Indian journal of veterinary science and animal husbandry - Volume 10,
Year: 1940
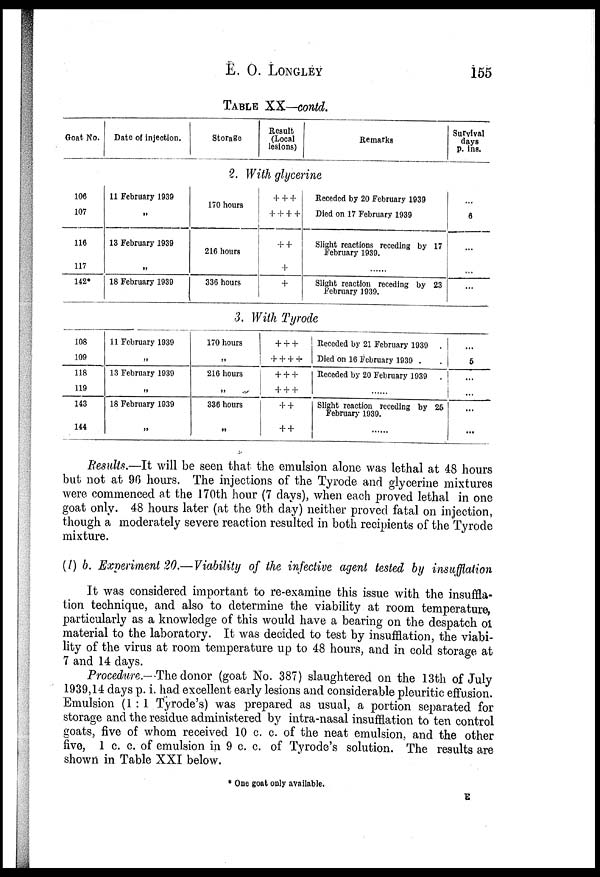
E. O. LONGLEY 155
TABLE XX—contd.
Goat No. Date of injection.
Storage
Result
(Local
lesions)
Remarks
Survival
days
p. ins.
2. With glycerine
106
107
116
117
142*
11 February 1939
„
13 February 1939
„
18 February 1939
170 hours
216 hours
336 hours
+ + +
+ + + +
+ +
+
+
Receded by 20 February 1939
Died on 17 February 1939
Slight reactions receding by 17
February 1939.
......
Slight reaction receding by 23
February 1939.
...
6
...
...
...
3. With Tyrode
108
109
118
119
143
144
11 February 1939
„
13 February 1939
„
18 February 1939
„
170 hours
„
216 hours
„
336 hours
„
+ + +
+ + + +
+ + +
+ + +
+ +
+ +
Receded by 21 February 1939 .
Died on 16 February 1939 . .
Receded by 20 February 1939 .
......
Slight reaction receding by 25
February 1939.
......
...
5
...
...
...
...
Results.—It will be seen that the emulsion alone was lethal at 48 hours
but not at 96 hours. The injections of the Tyrode and glycerine mixtures
were commenced at the 170th hour (7 days), when each proved lethal in one
goat only. 48 hours later (at the 9th day) neither proved fatal on injection,
though a moderately severe reaction resulted in both recipients of the Tyrode
mixture.
(1) b. Experiment 20.—Viability of the infective agent tested by insufflation
It was considered important to re-examine this issue with the insuffla-
tion technique, and also to determine the viability at room temperature,
particularly as a knowledge of this would have a bearing on the despatch of
material to the laboratory. It was decided to test by insufflation, the viabi-
lity of the virus at room temperature up to 48 hours, and in cold storage at
7 and 14 days.
Procedure.— The donor (goat No. 387) slaughtered on the 13th of July
1939,14 days p. i. had excellent early lesions and considerable pleuritic effusion.
Emulsion (1:1 Tyrode's) was prepared as usual, a portion separated for
storage and the residue administered by intra-nasal insufflation to ten control
goats, five of whom received 10 c. c. of the neat emulsion, and the other
five, 1 c. c. of emulsion in 9 c. c. of Tyrode's solution. The results are
shown in Table XXI below.
* One goat only available.
E